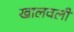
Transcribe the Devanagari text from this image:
खालवली